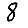
Digit: 8